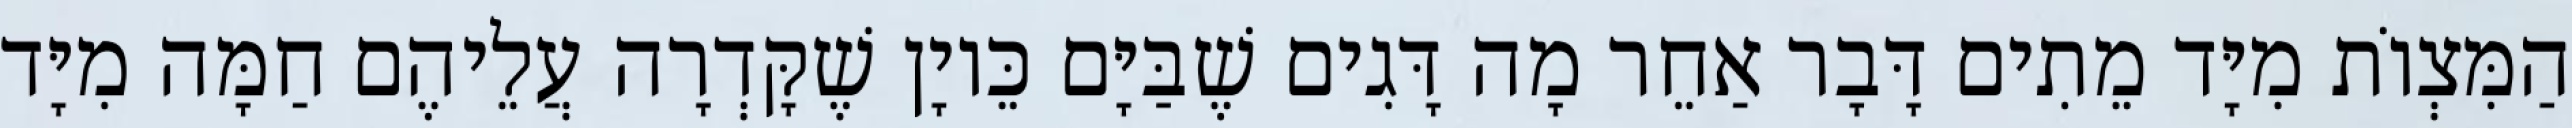
הַמִּצְוֹת מִיָּד מֵתִים דָּבָר אַחֵר מָה דָּגִים שֶׁבַּיָּם כֵּיוָן שֶׁקָּדְרָה עֲלֵיהֶם חַמָּה מִיָּד